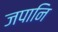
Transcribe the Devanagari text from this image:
जपानि